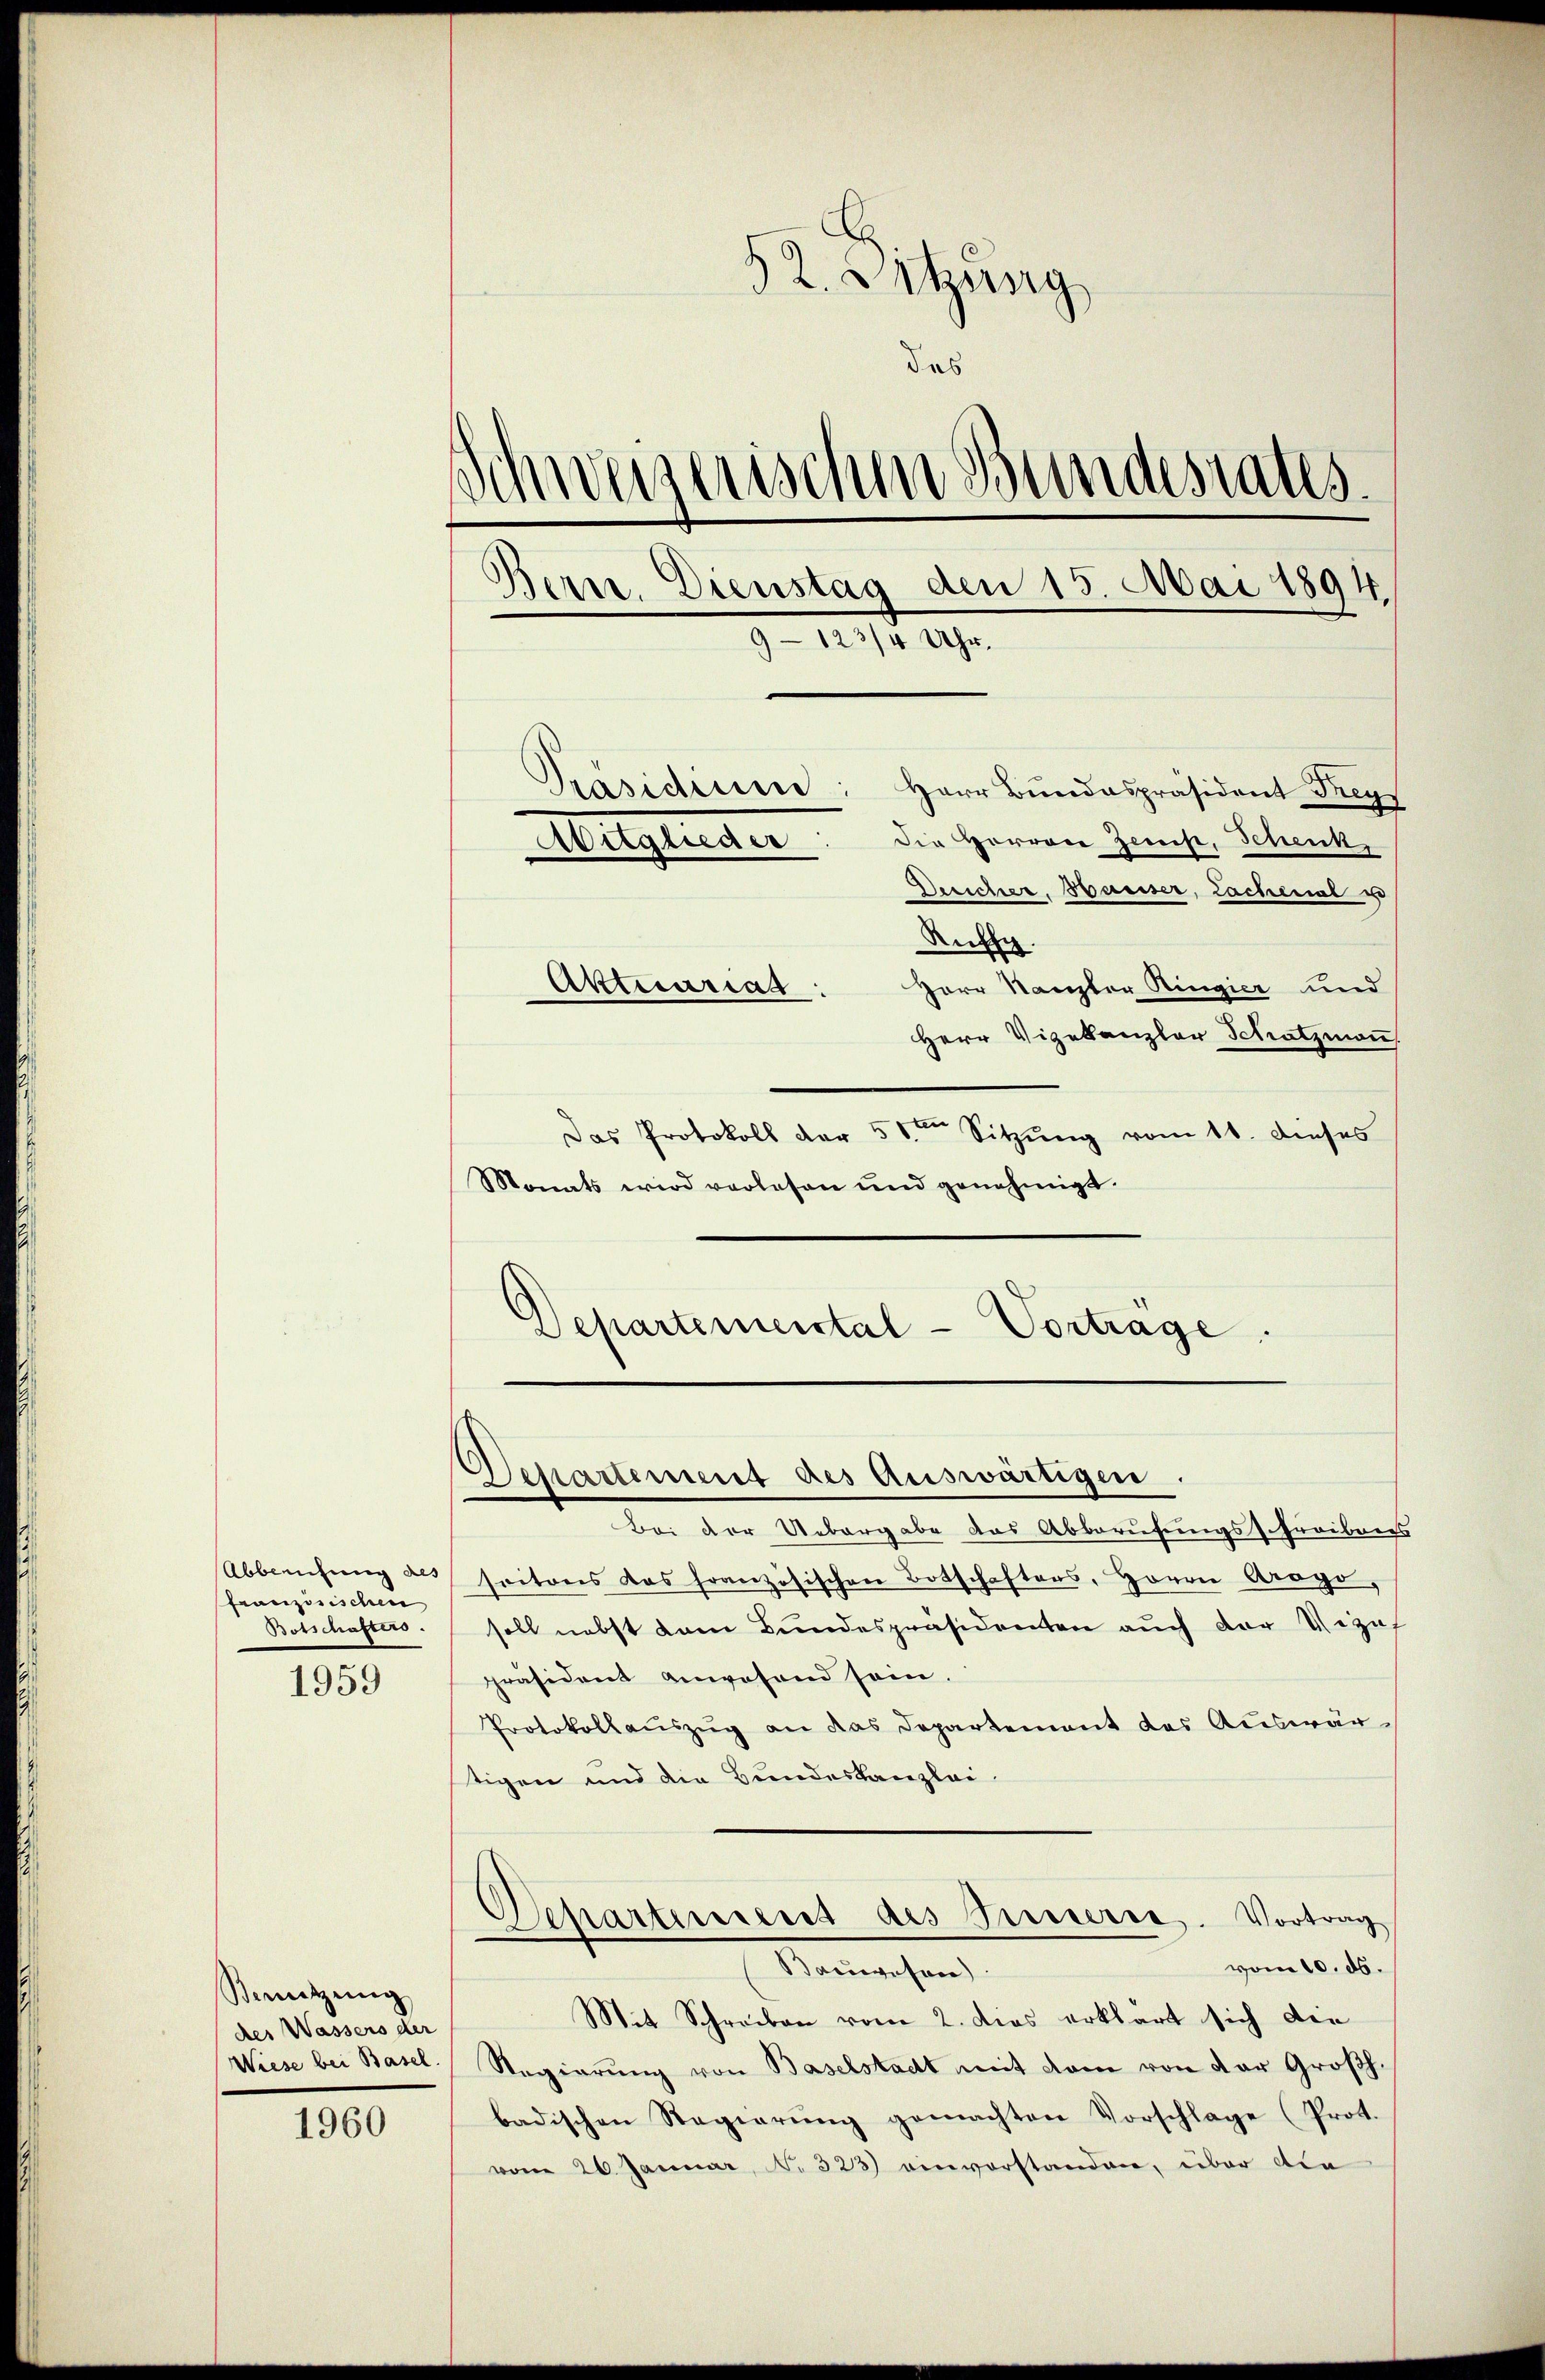
Abbreichung des
französischen
Botschafters.

1959

Benützŭng
des Wassers der
Wiese bei Basel.

1960

32. Satzung
das
Schweizerischen Bundestalts¬
Bern. Dienstag den 15. Mai 1894
3- 11 Uhr.
Präsidium
Herr Bundespräsident Frey
die Herren Zeich, Schenk
tiiglieder
Dericher, Basiser, Lachenal u
Aufg.
Aktuariat:
Herr Kanzler Ringier und
Herr Vizekanzler Schatzman

Das Protokoll der 5ten Sitzung vom 11. dieses
Monats wird verlesen und genehmigt.
Departemental-Vortrage.

Departement des Auswärtigen.

Bei der Uebergabe das Abberufungsschreibens
soitons das französischen Botschafters, Herrn Arago,
soll nebst dem Bundespräsidenten aŭch der Vizaf
präsident anwesend sein.
Protokollauszug an das Departement des Auswärtigen und die Bundeskanzlei-
Schartiniens des Innern. Vortrag
vom 10. ds.
Mannischen
Mit Schreiben vom 2. dies erklärt sich die
Regierŭng von Baselstadt mit dem von der Großh.
badischen Regierŭng gemachten Vorschlage (Prot.
vom 26. Januar, N. 323) einvorstanden, über die